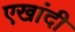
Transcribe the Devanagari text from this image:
एखांदी